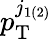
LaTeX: p_{\mathrm{T}}^{j_{1\left(2\right)}}